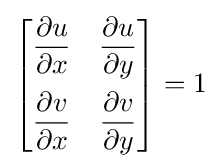
{\begin{bmatrix}{\dfrac {\partial u}{\partial x}}&{\dfrac {\partial u}{\partial y}}\\[1em]{\dfrac {\partial v}{\partial x}}&{\dfrac {\partial v}{\partial y}}\end{bmatrix}}=1